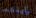
رأيتكما